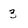
Character: 3